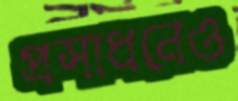
প্রসাধনেও